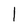
Character: l